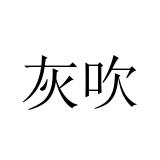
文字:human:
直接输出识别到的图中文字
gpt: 灰吹